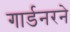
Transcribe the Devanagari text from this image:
गार्डनरने